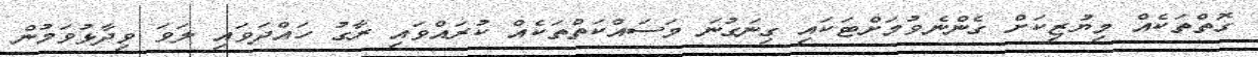
ގޮތްތަކެއް މިޔުޒިކަށް ގެންނެވުމަށްޓަކައި ގިނަގުނަ މަސައްކަތްތަކެއް ކުރައްވައި ރާގު ހައްދަވައި ލަވަ ވިދާޅުވަމުން